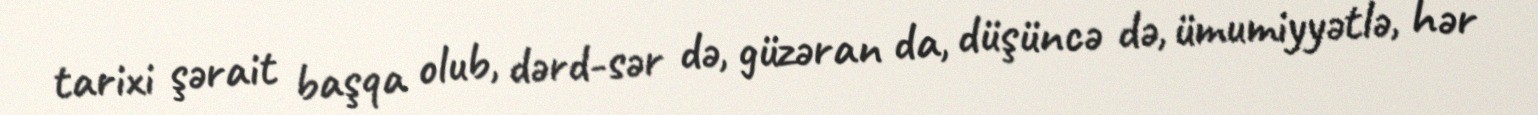
tarixi şərait başqa olub, dərd-sər də, güzəran da, düşüncə də, ümumiyyətlə, hər